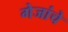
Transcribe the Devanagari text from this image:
गेजांचे